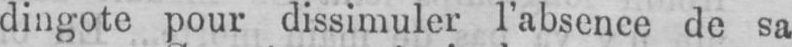
dingote pour dissimuler l’absence de sa